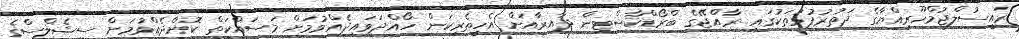
ރައީސުލްޖުމްހޫރިއްޔާގެ ދަތުރުފުޅުތަކުގައި ރާއްޖޭގެ ބްރޯޑްކާސްޓިން ދާއިރާއަށް އެހީތެރިކަން ހޯއްދަވައިދެއްވުމަށް މަސައްކަތް ކޮށްދެއްވުމަށް ސީޝެލްސްގެ